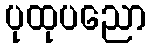
ပုထုပညော